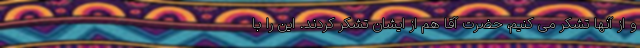
و از آنها تشکر می کنیم، حضرت آقا هم از ایشان تشکر کردند. این را با